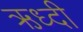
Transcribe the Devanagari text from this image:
ऋध्दी